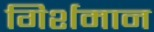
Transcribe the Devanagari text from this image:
गिर्शमान